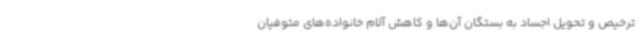
ترخیص و تحویل اجساد به بستگان آن‌ها و کاهش آلام خانواده‌های متوفیان